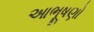
આભૂષણો